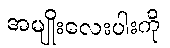
အမျိုးလေးပါးကို